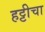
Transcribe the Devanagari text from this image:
हट्टीचा